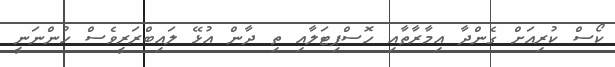
ކޯސް ކުރިއަށް ގެންދާ އިމާރާތާއި ހޮސްޕިޓަލާއި ތި ދާން އުޅޭ ލައިބްރަރީވެސް ހުންނަނީ